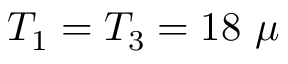
T _ { 1 } = T _ { 3 } = 1 8 ~ \mu